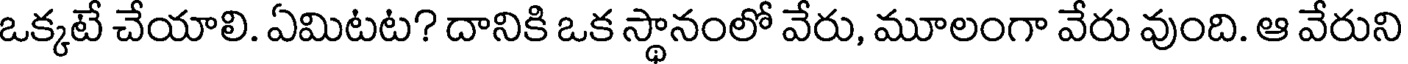
ఒక్కటే చేయాలి. ఏమిటట? దానికి ఒక స్థానంలో వేరు, మూలంగా వేరు వుంది. ఆ వేరుని